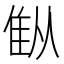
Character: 𫕚